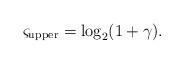
LaTeX: \begin{align*} \varsigma_{\rm upper}=\log_2(1+\gamma).\end{align*}